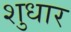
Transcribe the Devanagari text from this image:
शुधार